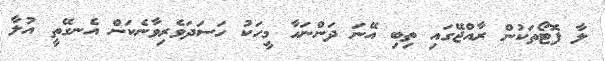
ލާ ފޮޓޯތަކުން ރާއްޖޭގައި ތިބި އޭނަ ދަންނަހާ މީހަކު ހަސަދަވެރިވާނެކަން އެނގޭތީ އުލާ